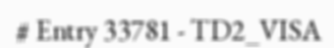
# Entry 33781 - TD2_VISA